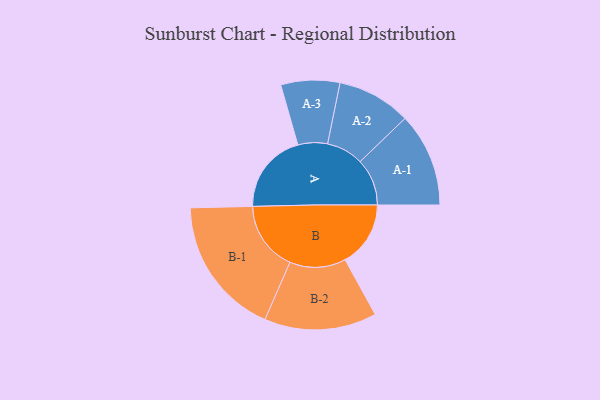
{"axis": {"x": "Segment", "y": "Value"}, "legend": ["", "A", "B"], "data": [{"x": "A", "y": 345, "type": ""}, {"x": "B", "y": 280, "type": ""}, {"x": "A-1", "y": 201, "type": "A"}, {"x": "A-2", "y": 158, "type": "A"}, {"x": "A-3", "y": 126, "type": "A"}, {"x": "B-1", "y": 298, "type": "B"}, {"x": "B-2", "y": 240, "type": "B"}]}